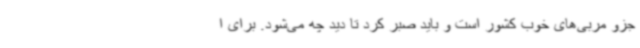
جزو مربی‌های خوب کشور است و باید صبر کرد تا دید چه می‌شود. برای ا